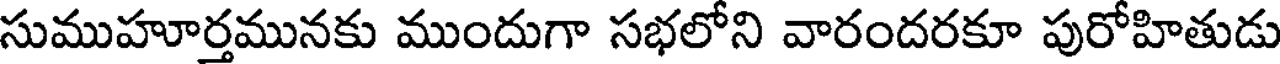
సుముహూర్తమునకు ముందుగా సభలోని వారందరకూ పురోహితుడు